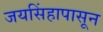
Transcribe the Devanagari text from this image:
जयसिंहापासून